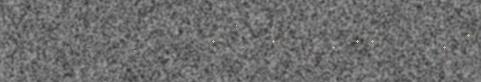
10(c)11, mii meerrid, et